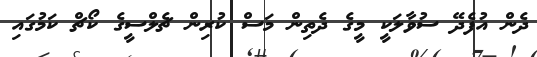
ދެން އުފެދޭ ސުވާލަކީ މީގެ ދެތިން މަސް ކުރިން ޗެލްސީގެ ކޯޗް ކަމުގައި